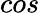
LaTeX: cos